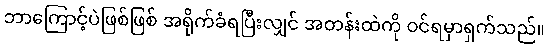
ဘာကြောင့်ပဲဖြစ်ဖြစ် အရိုက်ခံရပြီးလျှင် အတန်းထဲကို ဝင်ရမှာရှက်သည်။